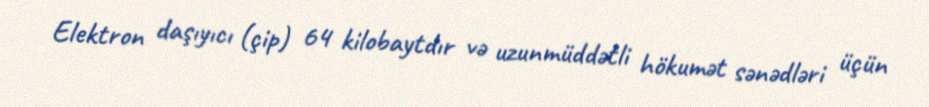
Elektron daşıyıcı (çip) 64 kilobaytdır və uzunmüddətli hökumət sənədləri üçün